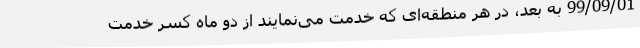
99/09/01 به بعد، در هر منطقه‌ای که خدمت می‌نمایند از دو ماه کسر خدمت